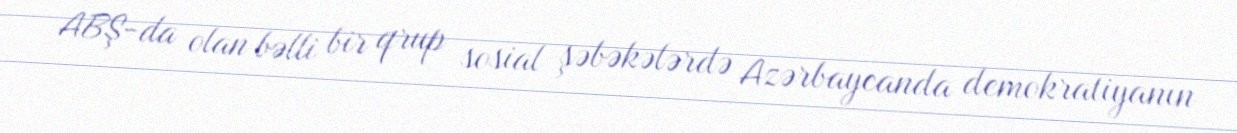
ABŞ-da olan bəlli bir qrup sosial şəbəkələrdə Azərbaycanda demokratiyanın